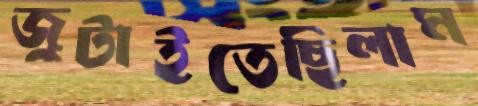
জুটাইতেছিলাম